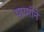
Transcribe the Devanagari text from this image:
पायरीने